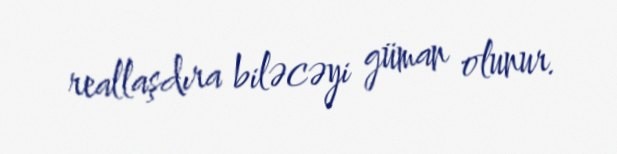
reallaşdıra biləcəyi güman olunur.